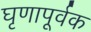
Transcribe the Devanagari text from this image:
घृणापूर्वक